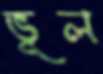
ভূল